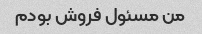
من مسئول فروش بودم